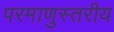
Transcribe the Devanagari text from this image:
परमाणुस्तरीय